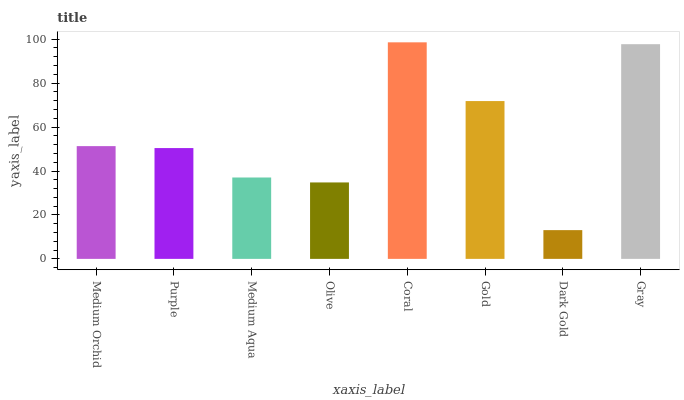
| xaxis_label | bars |
 | --- | --- |
 | Medium Orchid | 51.3 |
 | Purple | 50.4 |
 | Medium Aqua | 37 |
 | Olive | 34.8 |
 | Coral | 98.6 |
 | Gold | 71.8 |
 | Dark Gold | 13.1 |
 | Gray | 97.7 |